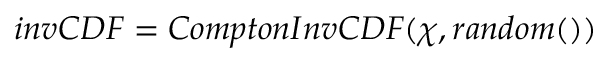
i n v C D F = C o m p t o n I n v C D F ( \chi , r a n d o m ( ) )